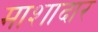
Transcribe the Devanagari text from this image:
माशादार